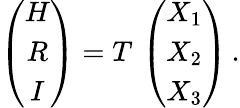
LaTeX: \left(\begin{array}{c}{{H}}\\ {{R}}\\ {{I}}\end{array}\right)=T\, \left(\begin{array}{c}{{X_{1}}}\\ {{X_{2}}}\\ {{X_{3}}}\end{array}\right)\, .